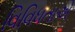
વિવિધતાએ